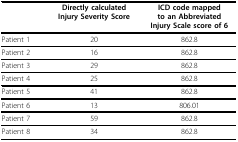
|  | Directly calculated Injury Severity Score | ICD code mapped to an Abbreviated Injury Scale score of 6 |
 | --- | --- | --- |
 | Patient 1 | 20 | 862.8 |
 | Patient 2 | 16 | 862.8 |
 | Patient 3 | 29 | 862.8 |
 | Patient 4 | 25 | 862.8 |
 | Patient 5 | 41 | 862.8 |
 | Patient 6 | 13 | 806.01 |
 | Patient 7 | 59 | 862.8 |
 | Patient 8 | 34 | 862.8 |